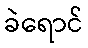
ခဲရောင်